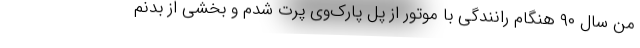
من سال ۹۰ هنگام رانندگی با موتور از پل پارک‌وی پرت شدم و بخشی از بدنم